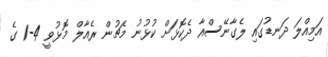
އަމިއްލަ ދަނޑުގައި ލެގާނޭސްއާ ދެކޮޅަށް ކުޅުނު މެޗުން ރެއާލް މޮޅުވީ 4-1 ގެ